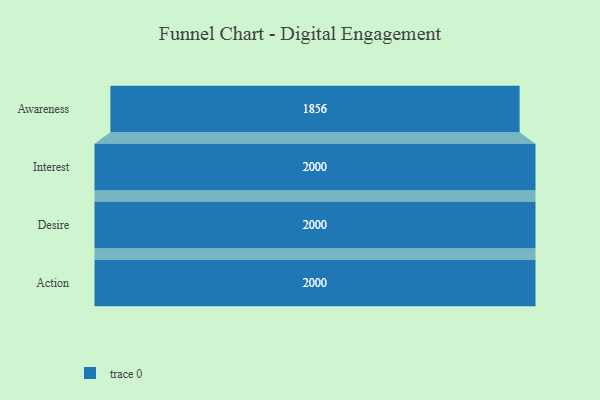
{"axis": {"x": "Stage", "y": "Value"}, "legend": [""], "data": [{"x": "Awareness", "y": 1856.0, "type": ""}, {"x": "Interest", "y": 2000, "type": ""}, {"x": "Desire", "y": 2000, "type": ""}, {"x": "Action", "y": 2000, "type": ""}]}